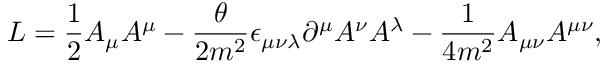
{ \cal L } = { \frac { 1 } { 2 } } A _ { \mu } A ^ { \mu } - { \frac { \theta } { 2 m ^ { 2 } } } \epsilon _ { \mu \nu \lambda } \partial ^ { \mu } A ^ { \nu } A ^ { \lambda } - { \frac { 1 } { 4 m ^ { 2 } } } A _ { \mu \nu } A ^ { \mu \nu } ,